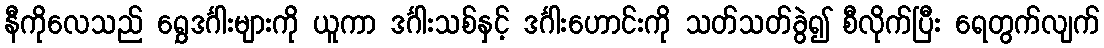
နီကိုလေသည် ရွှေဒင်္ဂါးများကို ယူကာ ဒင်္ဂါးသစ်နှင့် ဒင်္ဂါးဟောင်းကို သတ်သတ်ခွဲ၍ စီလိုက်ပြီး ရေတွက်လျက်